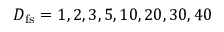
D _ { \mathrm { f s } } = 1 , 2 , 3 , 5 , 1 0 , 2 0 , 3 0 , 4 0